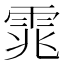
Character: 雿